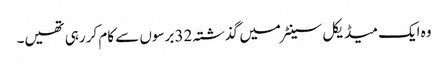
وہ ایک میڈیکل سینٹر میں گذشتہ 32 برسوں سے کام کر رہی تھیں۔